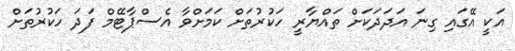
އަކީ އޭގައި ގިނަ އަދަދަކަށް ތައްޔާރީ ހަކުރުތަށް ކަމަށްވާ އެސްޕާޓޭމް ފަދަ ހަކުރުތަށް